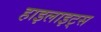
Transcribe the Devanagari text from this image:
हाइलाइट्स